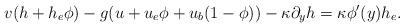
LaTeX: \begin{align*}v(h+h_e\phi)-g(u+u_e\phi+u_b(1-\phi))-\kappa \partial_y h=\kappa \phi'(y)h_e.\end{align*}